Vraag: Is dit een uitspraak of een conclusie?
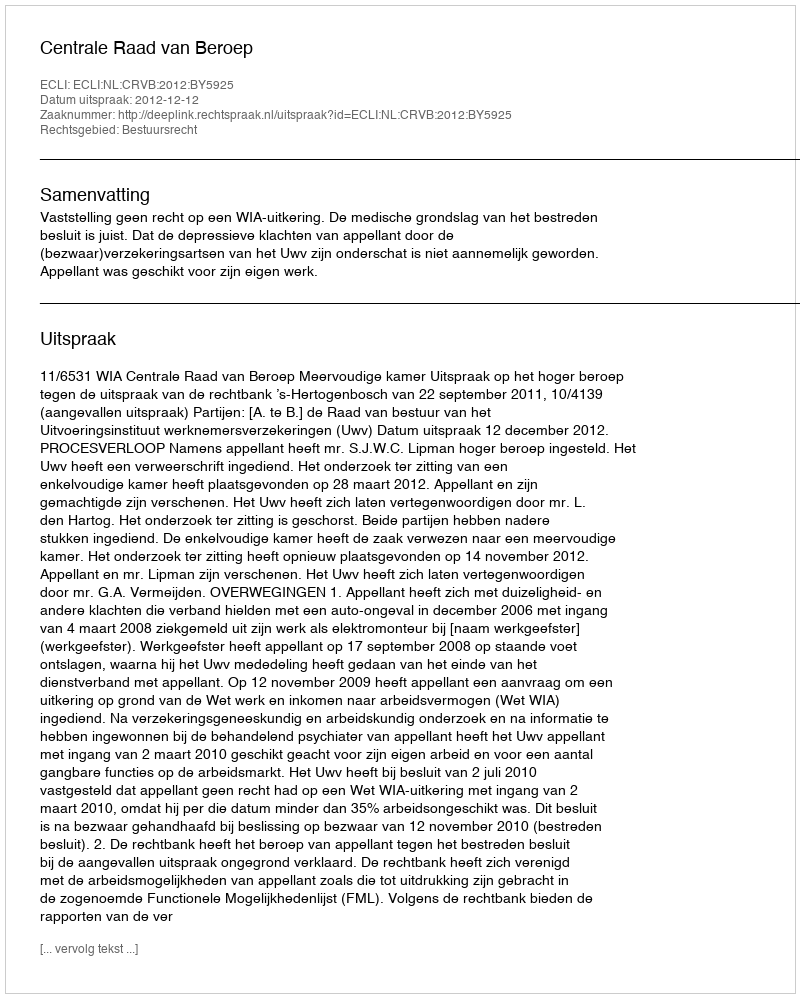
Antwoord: Uitspraak